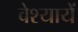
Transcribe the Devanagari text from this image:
वेश्यायें